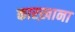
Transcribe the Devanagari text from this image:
कारख़ाना